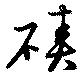
磧